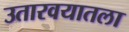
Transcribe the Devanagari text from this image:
उतारवयातला